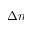
\Delta n